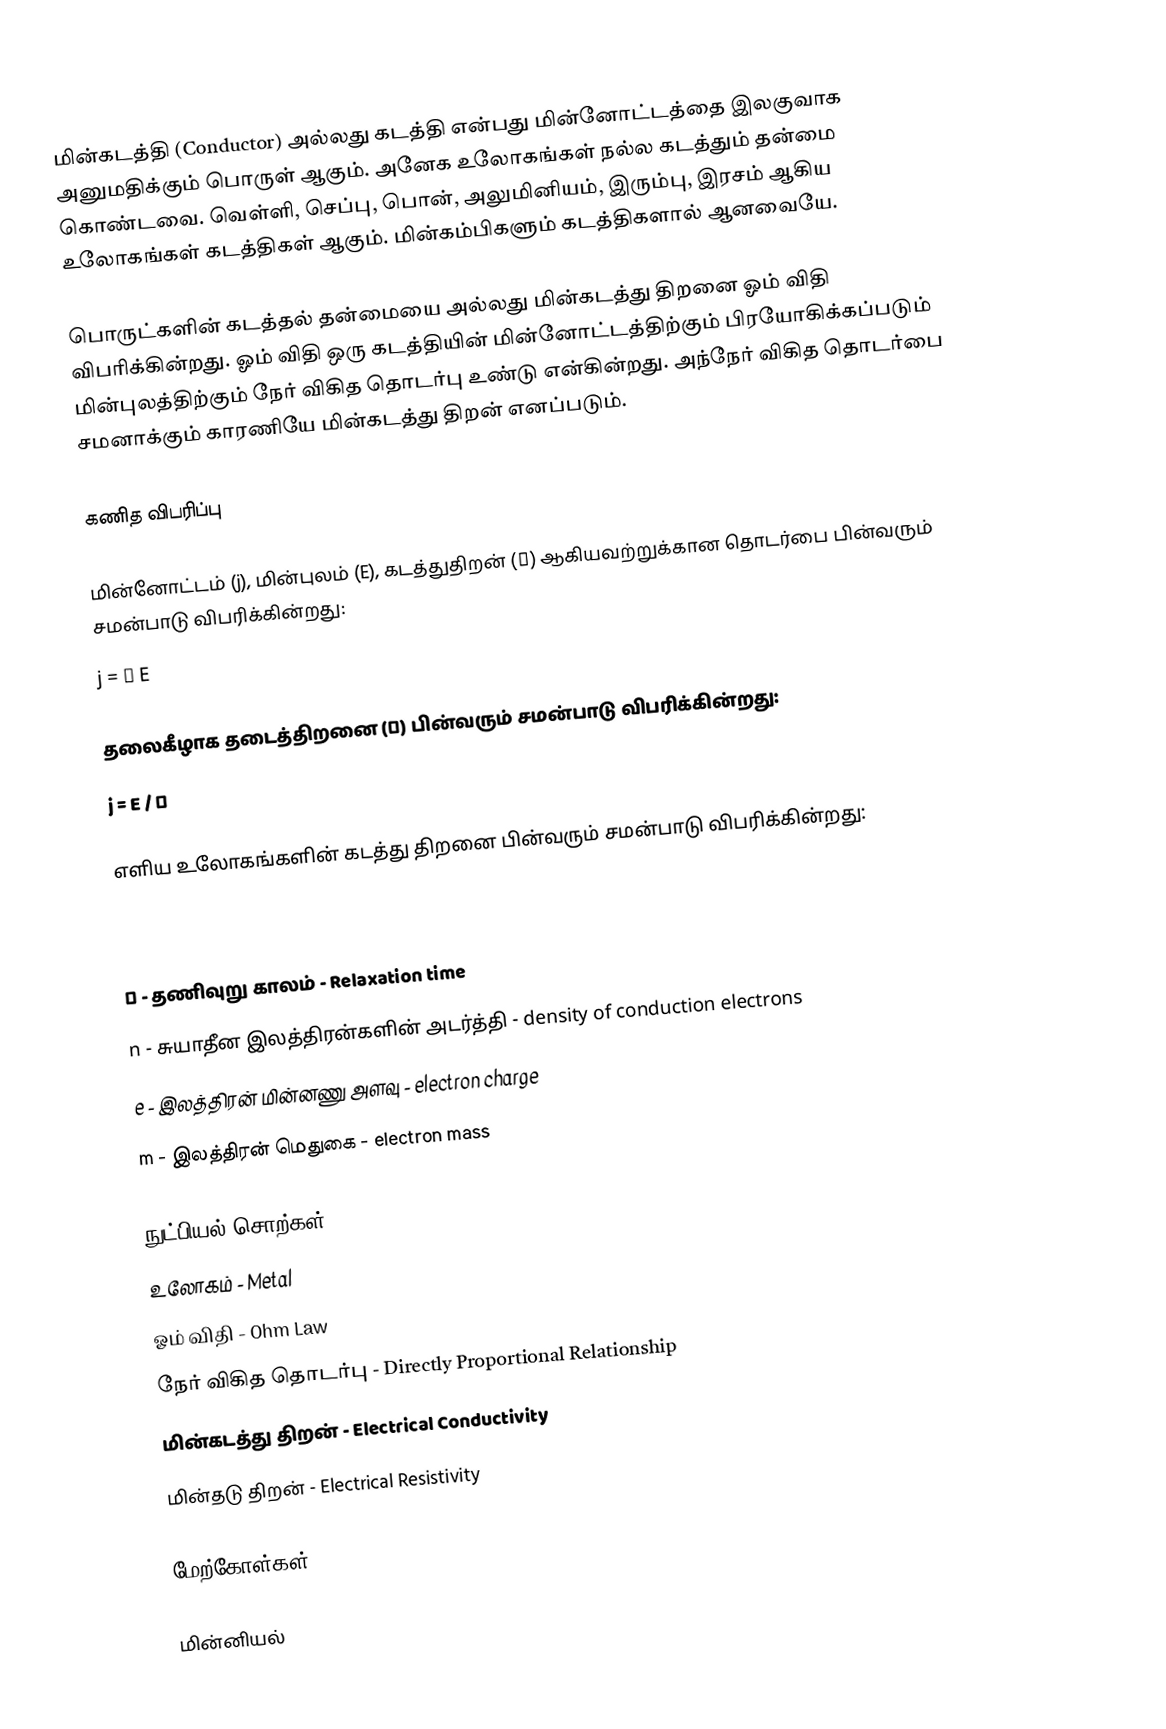
மின்கடத்தி (Conductor) அல்லது கடத்தி என்பது மின்னோட்டத்தை இலகுவாக அனுமதிக்கும் பொருள் ஆகும். அனேக உலோகங்கள் நல்ல  கடத்தும் தன்மை கொண்டவை. வெள்ளி, செப்பு, பொன், அலுமினியம், இரும்பு, இரசம் ஆகிய உலோகங்கள் கடத்திகள் ஆகும். மின்கம்பிகளும் கடத்திகளால் ஆனவையே.

பொருட்களின் கடத்தல் தன்மையை அல்லது மின்கடத்து திறனை ஓம் விதி விபரிக்கின்றது.  ஓம் விதி ஒரு கடத்தியின் மின்னோட்டத்திற்கும் பிரயோகிக்கப்படும் மின்புலத்திற்கும் நேர் விகித தொடர்பு உண்டு என்கின்றது. அந்நேர் விகித தொடர்பை சமனாக்கும் காரணியே மின்கடத்து திறன் எனப்படும்.

கணித விபரிப்பு

மின்னோட்டம் (j), மின்புலம் (E), கடத்துதிறன் (σ) ஆகியவற்றுக்கான தொடர்பை பின்வரும் சமன்பாடு விபரிக்கின்றது:
j = σ E

தலைகீழாக தடைத்திறனை (ρ) பின்வரும் சமன்பாடு விபரிக்கின்றது:
j = E / ρ

எளிய உலோகங்களின் கடத்து திறனை பின்வரும் சமன்பாடு விபரிக்கின்றது:

,

τ - தணிவுறு காலம் - Relaxation time
n - சுயாதீன இலத்திரன்களின் அடர்த்தி - density of conduction electrons
e - இலத்திரன் மின்னணு அளவு - electron charge
m - இலத்திரன் மெதுகை - electron mass

நுட்பியல் சொற்கள்
 உலோகம் - Metal
 ஓம் விதி - Ohm Law
 நேர் விகித தொடர்பு - Directly Proportional Relationship
 மின்கடத்து திறன் - Electrical Conductivity
 மின்தடு திறன் - Electrical Resistivity

மேற்கோள்கள்

மின்னியல்